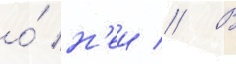
о́ н'еи // В